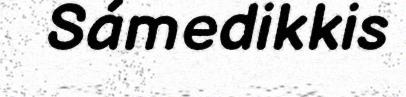
Sámedikkis